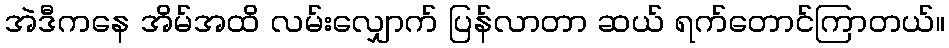
အဲဒီကနေ အိမ်အထိ လမ်းလျှောက် ပြန်လာတာ ဆယ် ရက်တောင်ကြာတယ်။